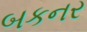
બકનર